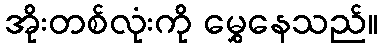
အိုးတစ်လုံးကို မွှေနေသည်။